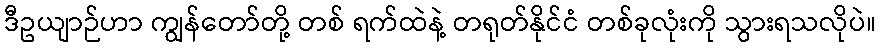
ဒီဥယျာဉ်ဟာ ကျွန်တော်တို့ တစ် ရက်ထဲနဲ့ တရုတ်နိုင်ငံ တစ်ခုလုံးကို သွားရသလိုပဲ။